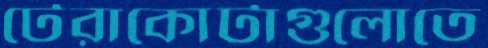
টেরাকোটাগুলোতে